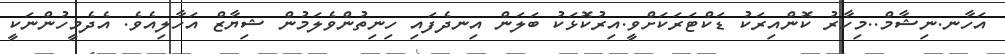
އަހާނ.ނިޝާމް..މިހާރު ކޮންއިރަކު ޑަކްޓަރަކަށްވީ.އިރުކޮޅަކު ބަލަން އިނދެފައި ހިނިތުންވެލަމުން ޝިޔާޒް އަހާލިއެވެ. އެދެމީހުންނަކީ